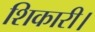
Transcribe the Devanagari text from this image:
शिकारी।